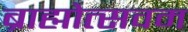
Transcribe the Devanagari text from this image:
ब्राह्मोत्सवम